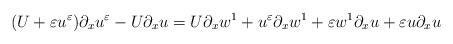
LaTeX: \begin{align*}(U+\varepsilon u^\varepsilon)\partial_xu^\varepsilon-U\partial_xu=U\partial_xw^1 +u^\varepsilon\partial_xw^1+\varepsilon w^1\partial_xu+\varepsilon u\partial_xu\end{align*}